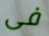
فى